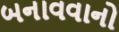
બનાવવાનો